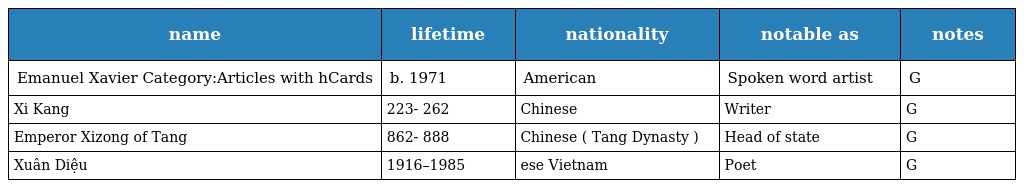
| name | lifetime | nationality | notable as | notes |
 | --- | --- | --- | --- | --- |
 | Emanuel Xavier Category:Articles with hCards | b. 1971 | American | Spoken word artist | G |
 | Xi Kang | 223- 262 | Chinese | Writer | G |
 | Emperor Xizong of Tang | 862- 888 | Chinese ( Tang Dynasty ) | Head of state | G |
 | Xuân Diệu | 1916–1985 | ese Vietnam | Poet | G |